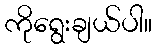
ကိုရွေးချယ်ပါ။